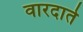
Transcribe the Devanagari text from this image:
वारदाते